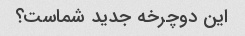
این دوچرخه جدید شماست؟